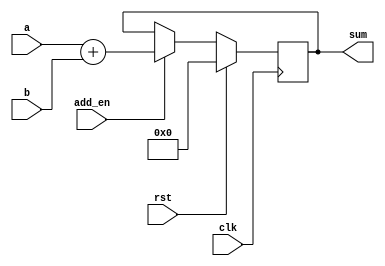
// This program was cloned from: https://github.com/kasrahj/Computer-Aided-Design
// License: MIT License

module adder (
  input [11:0] a,
  input [7:0] b,
  input clk,rst,add_en,
  output reg [11:0] sum
);

always @(posedge clk) 
begin
  if (rst) 
    sum <= 12'd0;
  else if (add_en)
    sum <= a + b;
end

endmodule